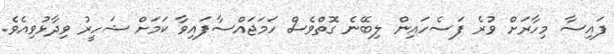
ފައިސާ މިހާރަށް ވުރެ ފަސެހައިން ލިބޭނެ ގޮތްވެސް ހަމަޖައްސާފައިވާ ކަމަށް ޝަހީރު ވިދާޅުވިއެވެ.